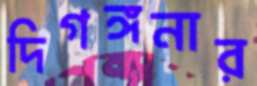
দিগঙ্গনার